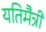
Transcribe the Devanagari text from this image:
यतिमैत्री